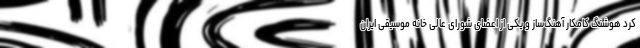
کرد هوشنگ کامکار آهنگ‌ساز و یکی از اعضای شورای عالی خانه موسیقی ایران